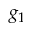
g _ { 1 }